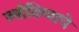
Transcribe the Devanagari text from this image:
ज्योतिष्याचे